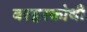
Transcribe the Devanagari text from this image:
बरहरकोथी